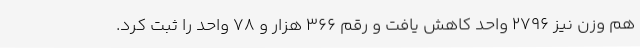
هم وزن نیز 2796 واحد کاهش یافت و رقم 366 هزار و 78 واحد را ثبت کرد.